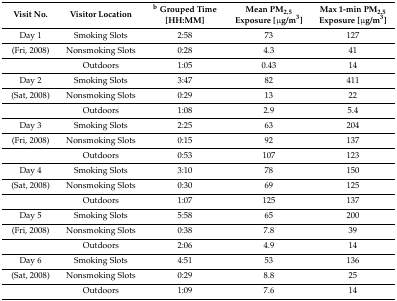
| Visit No. | Visitor Location | b Grouped Time [HH:MM] | Mean PM2.5 Exposure [μg/m3] | Max 1-min PM2.5 Exposure [μg/m3] |
 | --- | --- | --- | --- | --- |
 | Day 1 | Smoking Slots | 2:58 | 73 | 127 |
 | (Fri, 2008) | Nonsmoking Slots | 0:28 | 4.3 | 41 |
 |  | Outdoors | 1:05 | 0.43 | 14 |
 | Day 2 | Smoking Slots | 3:47 | 82 | 411 |
 | (Sat, 2008) | Nonsmoking Slots | 0:29 | 13 | 22 |
 |  | Outdoors | 1:08 | 2.9 | 5.4 |
 | Day 3 | Smoking Slots | 2:25 | 63 | 204 |
 | (Fri, 2008) | Nonsmoking Slots | 0:15 | 92 | 137 |
 |  | Outdoors | 0:53 | 107 | 123 |
 | Day 4 | Smoking Slots | 3:10 | 78 | 150 |
 | (Sat, 2008) | Nonsmoking Slots | 0:30 | 69 | 125 |
 |  | Outdoors | 1:07 | 125 | 137 |
 | Day 5 | Smoking Slots | 5:58 | 65 | 200 |
 | (Fri, 2008) | Nonsmoking Slots | 0:38 | 7.8 | 39 |
 |  | Outdoors | 2:06 | 4.9 | 14 |
 | Day 6 | Smoking Slots | 4:51 | 53 | 136 |
 | (Sat, 2008) | Nonsmoking Slots | 0:29 | 8.8 | 25 |
 |  | Outdoors | 1:09 | 7.6 | 14 |